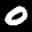
Label: 0